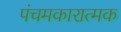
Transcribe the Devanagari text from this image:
पंचमकारात्मक